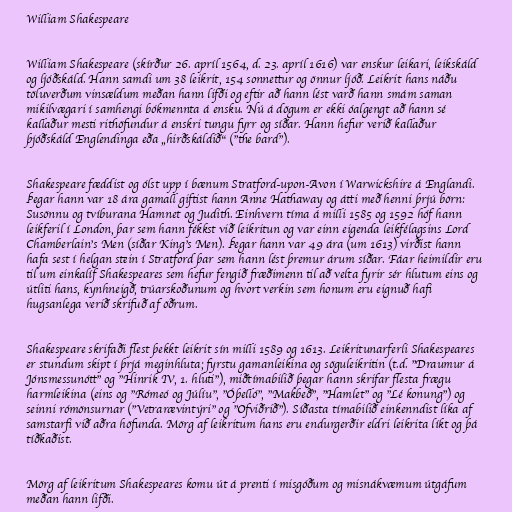
William Shakespeare

William Shakespeare (skírður 26. apríl 1564, d. 23. apríl 1616) var enskur leikari, leikskáld
og ljóðskáld. Hann samdi um 38 leikrit, 154 sonnettur og önnur ljóð. Leikrit hans náðu
töluverðum vinsældum meðan hann lifði og eftir að hann lést varð hann smám saman
mikilvægari í samhengi bókmennta á ensku. Nú á dögum er ekki óalgengt að hann sé
kallaður mesti rithöfundur á enskri tungu fyrr og síðar. Hann hefur verið kallaður
þjóðskáld Englendinga eða „hirðskáldið“ ("the bard").

Shakespeare fæddist og ólst upp í bænum Stratford-upon-Avon í Warwickshire á Englandi.
Þegar hann var 18 ára gamall giftist hann Anne Hathaway og átti með henni þrjú börn:
Susönnu og tvíburana Hamnet og Judith. Einhvern tíma á milli 1585 og 1592 hóf hann
leikferil í London, þar sem hann fékkst við leikritun og var einn eigenda leikfélagsins Lord
Chamberlain's Men (síðar King's Men). Þegar hann var 49 ára (um 1613) virðist hann
hafa sest í helgan stein í Stratford þar sem hann lést þremur árum síðar. Fáar heimildir eru
til um einkalíf Shakespeares sem hefur fengið fræðimenn til að velta fyrir sér hlutum eins og
útliti hans, kynhneigð, trúarskoðunum og hvort verkin sem honum eru eignuð hafi
hugsanlega verið skrifuð af öðrum.

Shakespeare skrifaði flest þekkt leikrit sín milli 1589 og 1613. Leikritunarferli Shakespeares
er stundum skipt í þrjá meginhluta; fyrstu gamanleikina og söguleikritin (t.d. "Draumur á
Jónsmessunótt" og "Hinrik IV, 1. hluti"), miðtímabilið þegar hann skrifar flesta frægu
harmleikina (eins og "Rómeó og Júlíu", "Óþelló", "Makbeð", "Hamlet" og "Lé konung") og
seinni rómönsurnar ("Vetrarævintýri" og "Ofviðrið"). Síðasta tímabilið einkenndist líka af
samstarfi við aðra höfunda. Mörg af leikritum hans eru endurgerðir eldri leikrita líkt og þá
tíðkaðist.

Mörg af leikritum Shakespeares komu út á prenti í misgóðum og misnákvæmum útgáfum
meðan hann lifði.